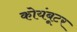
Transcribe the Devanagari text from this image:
कोयंबूटर